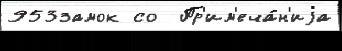
953замок со  Пр'им'еча́н'иjа